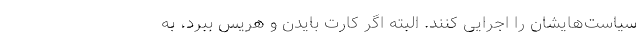
سیاست‌هایشان را اجرایی کنند. البته اگر کارت بایدن و هریس ببرد، به